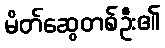
မိတ်ဆွေတစ်ဦး၏